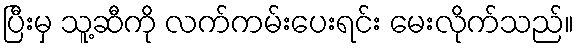
ပြီးမှ သူ့ဆီကို လက်ကမ်းပေးရင်း မေးလိုက်သည်။